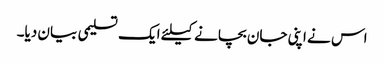
اس نے اپنی جان بچانے کیلئے ایک تسلیمی بیان دیا۔